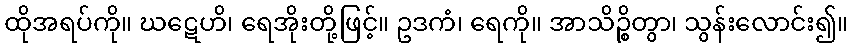
ထိုအရပ်ကို။ ဃဋေဟိ၊ ရေအိုးတို့ဖြင့်။ ဥဒကံ၊ ရေကို။ အာသိဉ္စိတွာ၊ သွန်းလောင်း၍။